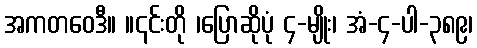
အကတဝေဒီ။ ။၎င်းတို ၊ပြောဆိုပုံ ၄-မျိုး၊ အံ-၄-ပါ-၃၈၉၊